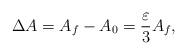
LaTeX: \begin{align*}\Delta A=A_{f}-A_{0}=\frac{\varepsilon }{3}A_{f}, \end{align*}